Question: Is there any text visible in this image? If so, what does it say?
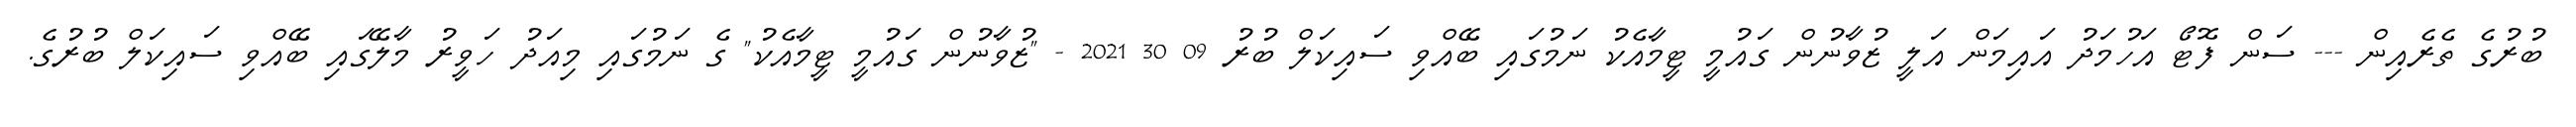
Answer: ބުރުގެ ތެރެއިން --- ސަން ފޮޓޯ އަހުމަދު އައިމަން އަލީ ޒުވާނުން ގައުމީ ޓީމާއެކު ނަމުގައި ބޭއްވި ސައިކަލް ބުރު 09 30 2021 - "ޒުވާނުން ގައުމީ ޓީމާއެކު" ގެ ނަމުގައި މިއަދު ހަވީރު މާލޭގައި ބޭއްވި ސައިކަލް ބުރުގެ.